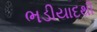
ભડીયાદથી